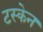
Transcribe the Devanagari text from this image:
टस्केन